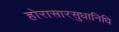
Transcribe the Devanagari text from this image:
होरासारसुधानिधि